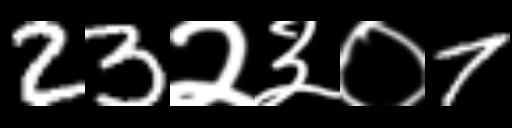
Text: 23२३०7